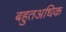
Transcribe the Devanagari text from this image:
बहुतअधिक